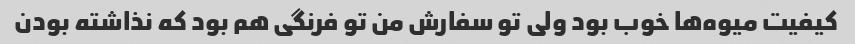
کیفیت میوه‌ها خوب بود ولی تو سفارش من تو فرنگی هم بود که نذاشته بودن